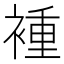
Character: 褈